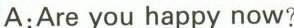
A:Are you happy now?